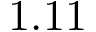
1 . 1 1